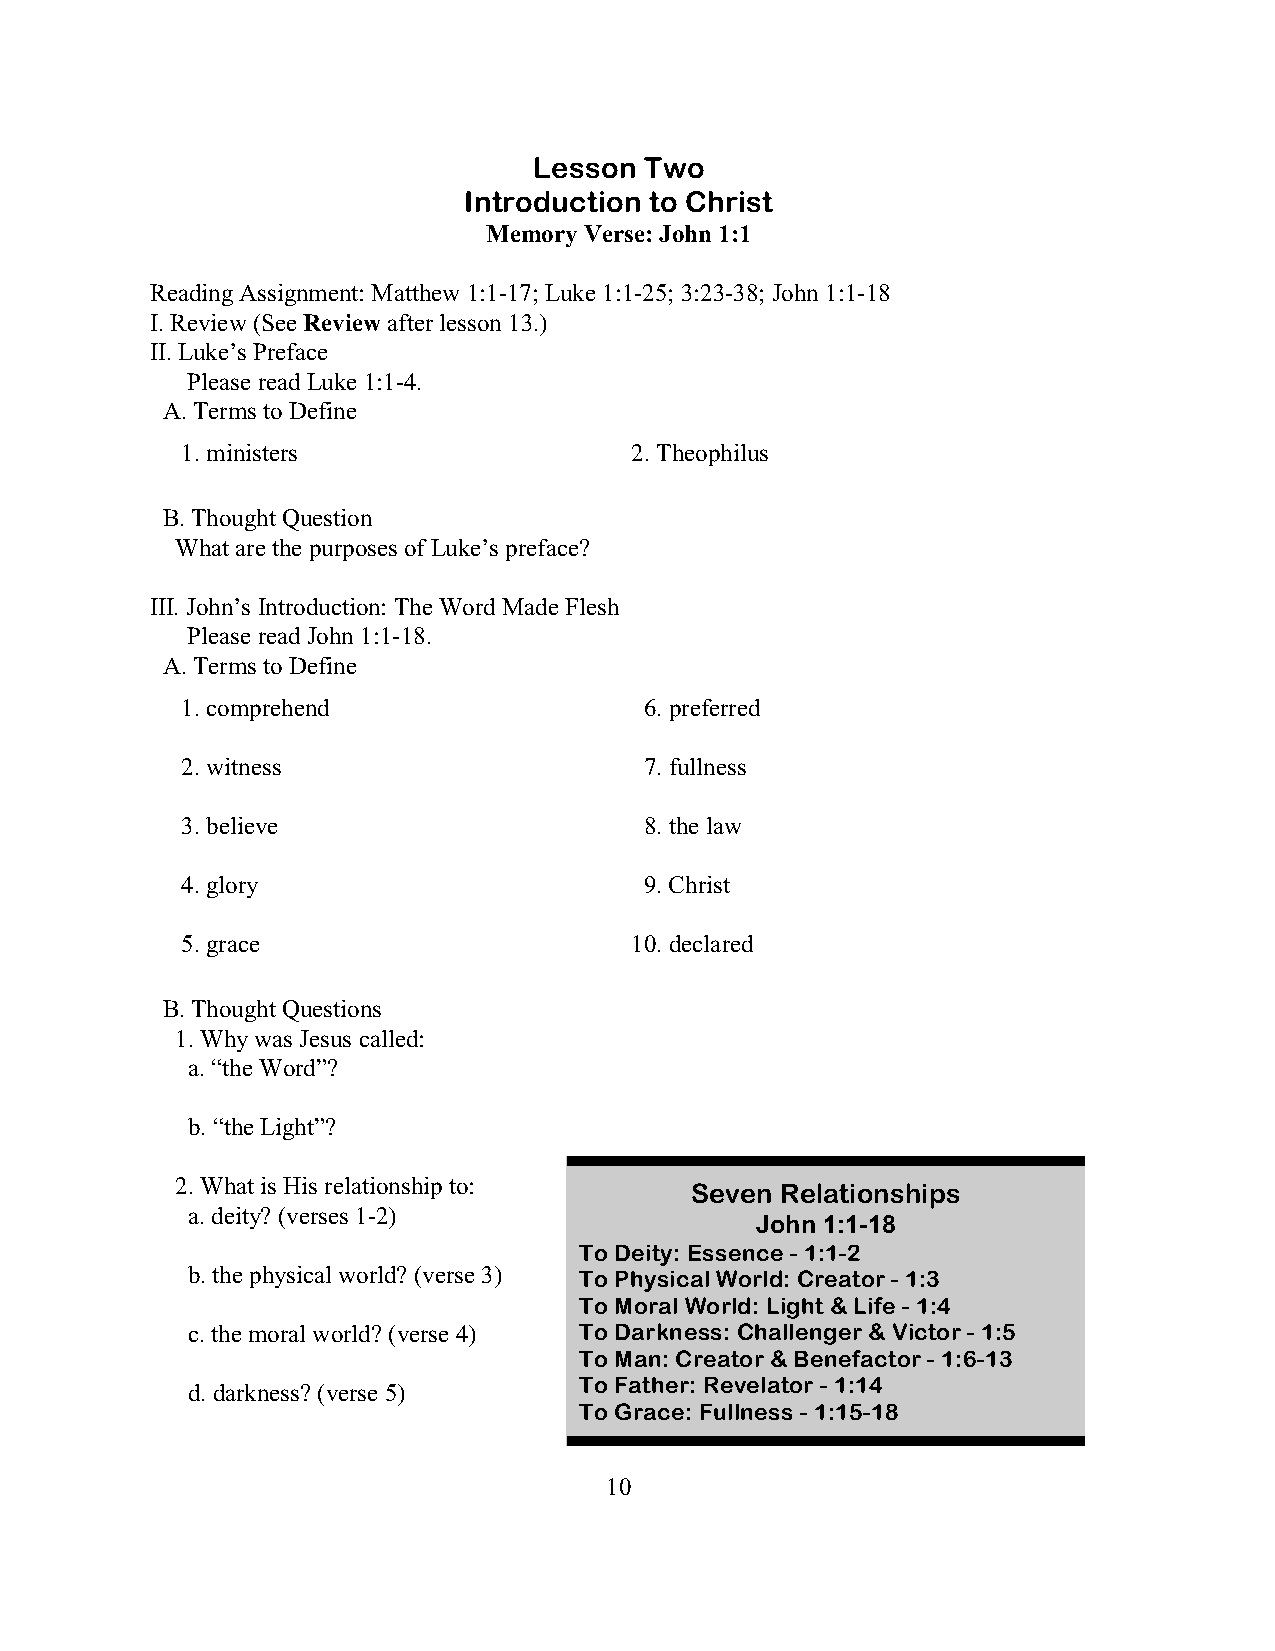
Lesson  Two
 Introduction to Christ
 Memory Verse: John 1:1
 Reading Assignment: Matthew 1:1-17; Luke 1:1-25; 3:23-38; John 1:1-18
 I. Review (See Review after lesson 13.)
 II. Luke’s Preface
 Please read Luke 1:1-4.
 A. Terms to Define
 1. ministers                  2. Theophilus
 B. Thought Question
 What are the purposes of Luke’s preface?
 III. John’s Introduction: The Word Made Flesh
 Please read John 1:1-18.
 A. Terms to Define
 1. comprehend                  6. preferred
 2. witness                     7. fullness
 3. believe                     8. the law
 4. glory                       9. Christ
 5. grace                      10. declared
 B. Thought Questions
 1. Why was Jesus called:
 a. “the Word”?
 b. “the Light”?
 2. What is His relationship to:
 Seven Relationships
 a. deity? (verses 1-2)
 John 1:1-18
 To Deity: Essence - 1:1-2
 b. the physical world? (verse 3) To Physical World: Creator - 1:3
 To Moral World: Light & Life - 1:4
 c. the moral world? (verse 4) To Darkness: Challenger & Victor - 1:5
 To Man: Creator & Benefactor - 1:6-13
 d. darkness? (verse 5)    To Father: Revelator - 1:14
 To Grace: Fullness - 1:15-18
 10